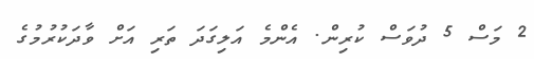
2 މަސް 5 ދުވަސް ކުރިން. އެންމެ އަލިގަދަ ތަރި އަށް ވާދަކުރުމުގެ